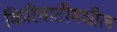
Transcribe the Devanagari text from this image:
किरिबाटीमधील